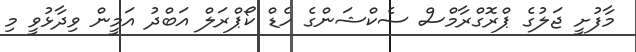
މާފުށީ ޖަލުގެ ޕްރޮގްރާމްސް ސެކްޝަންގެ ހެޑް ކޯޕްރަލް އަބްދު އަމީން ވިދާޅުވީ މި